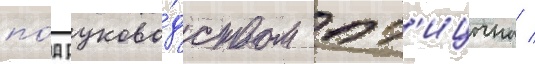
по́д руково́дством пт'ицына /